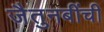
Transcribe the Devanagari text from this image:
जैतुनबींची